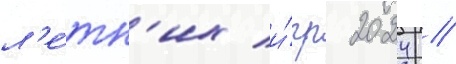
л'е́тн'их и́гр 2024 //